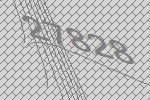
27828